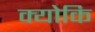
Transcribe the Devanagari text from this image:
क्‍योकि